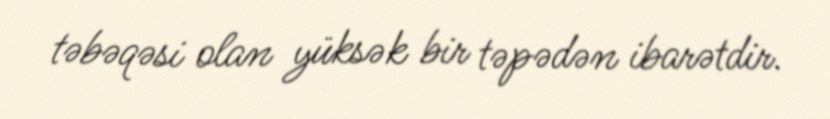
təbəqəsi olan yüksək bir təpədən ibarətdir.